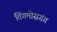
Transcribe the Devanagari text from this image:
तिंगमोसगंग